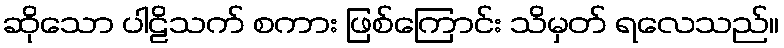
ဆိုသော ပါဠိသက် စကား ဖြစ်ကြောင်း သိမှတ် ရလေသည်။